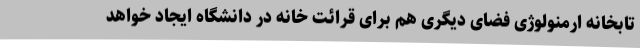
تابخانه ارمنولوژی فضای دیگری هم برای قرائت خانه در دانشگاه ایجاد خواهد